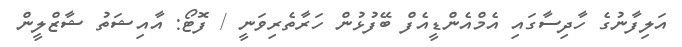
އަލިފާނުގެ ހާދިސާގައި އެމްއެންޑީއެފް ބޭފުޅުން ހަރާތެރިވަނީ / ފޮޓޯ: އާއިޝަތު ޝާޒްލީން